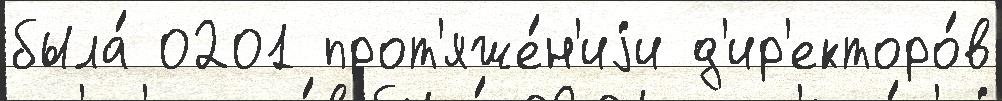
была́ 0201 прот'яже́н'иjи д'ир'екторо́в